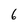
Character: 6